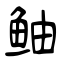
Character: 鲉